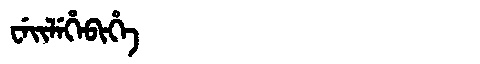
Manchu: ᠸᡝᡳᠯᡝᡥᡝᠪᡳᡥᡝ
Romanization: WEILEHEBIHE